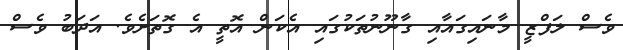
ވެސް ލަފްޒީ މާނައިގައާއި ގާނޫނުތަކުގައި އެކަން އޮތީ އެ ގޮތަށެވެ. އަދަބު ވެސް